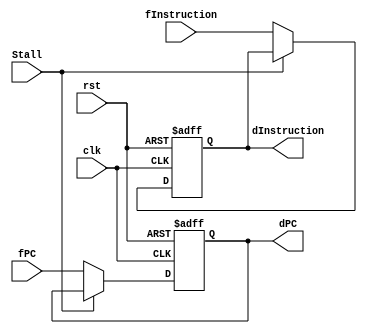
`timescale 1ns/1ps
module FDlatch(clk, rst, fInstruction, dInstruction, fPC, dPC, Stall);

input clk, rst, Stall;
input [31:0] fInstruction;
input [9:0] fPC;

output [31:0] dInstruction;
output [9:0] dPC;

reg [31:0] Instruction;
reg [9:0] PC;

assign dInstruction = Instruction;
assign dPC = PC;      

always @(posedge clk, posedge rst) begin
	if (rst)
		Instruction = 32'h00000000;
	else if (Stall)
		Instruction = Instruction;
	else
		Instruction = fInstruction;
end
		
always @(posedge clk, posedge rst) begin
	if (rst)
		PC = 10'b0000000000;
	else if (Stall)
		PC = PC;
	else
		PC = fPC;
end		

endmodule